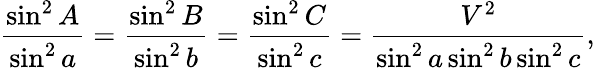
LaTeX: {\frac{\sin^{2}A}{\sin^{2}a}}={\frac{\sin^{2}B}{\sin^{2}b}}={\frac{\sin^{2}C}{\sin^{2}c}}={\frac{V^{2}}{\sin^{2}a\sin^{2}b\sin^{2}c}},